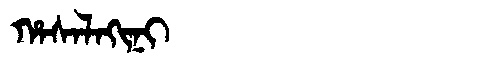
Manchu: ᡥᠠᠰᠠᠯᠠᡴᡳᠨᡳ
Romanization: HASALAKINI